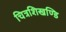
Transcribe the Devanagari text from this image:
चित्रशिखण्डि